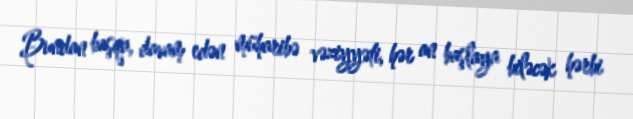
Bundan başqa, davam edən müharibə vəziyyəti, hər an başlaya biləcək hərbi